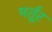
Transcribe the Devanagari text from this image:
मर्तूर